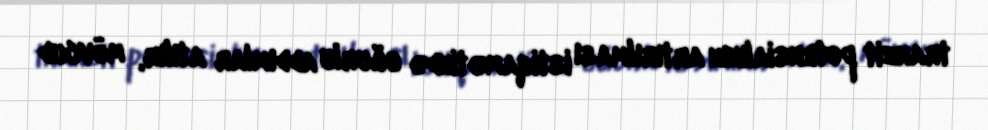
tranzit potensialının artırılması istiqamətində uğurlu addımlar atılır, mövcud